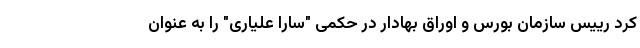
کرد رییس سازمان بورس و اوراق بهادار در حکمی "سارا علیاری" را به عنوان